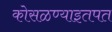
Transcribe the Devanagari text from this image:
कोसळण्याइतपत